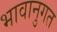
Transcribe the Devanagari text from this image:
भावानुगत